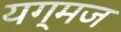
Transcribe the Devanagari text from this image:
यग्मज